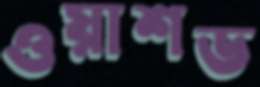
ওয়াশড